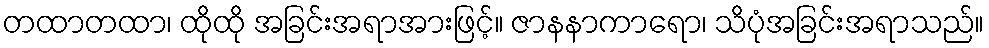
တထာတထာ၊ ထိုထို အခြင်းအရာအားဖြင့်။ ဇာနနာကာရော၊ သိပုံအခြင်းအရာသည်။